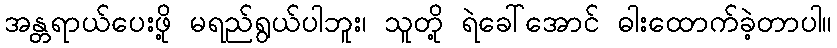
အန္တရာယ်ပေးဖို့ မရည်ရွယ်ပါဘူး၊ သူတို့ ရဲခေါ်အောင် ဓါးထောက်ခဲ့တာပါ။